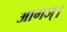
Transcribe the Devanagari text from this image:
आगज्।